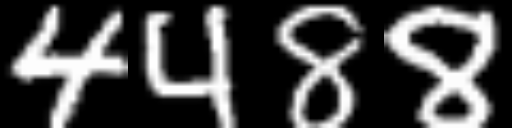
Text: 4488